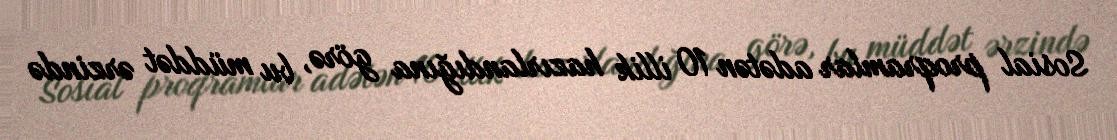
Sosial proqramlar adətən 10 illik hazırlandığına görə, bu müddət ərzində